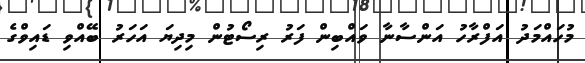
މުހައްމަދު އަފްރާހު އަންސާނާ ވައްބިން ފަރު ރިސޯޓުން މިދިޔަ އަހަރު ބޭއްވި ޑައިވްގެ